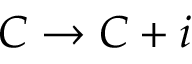
C \rightarrow C + i